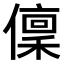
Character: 𠏟